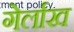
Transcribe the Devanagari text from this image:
गेर्लाख